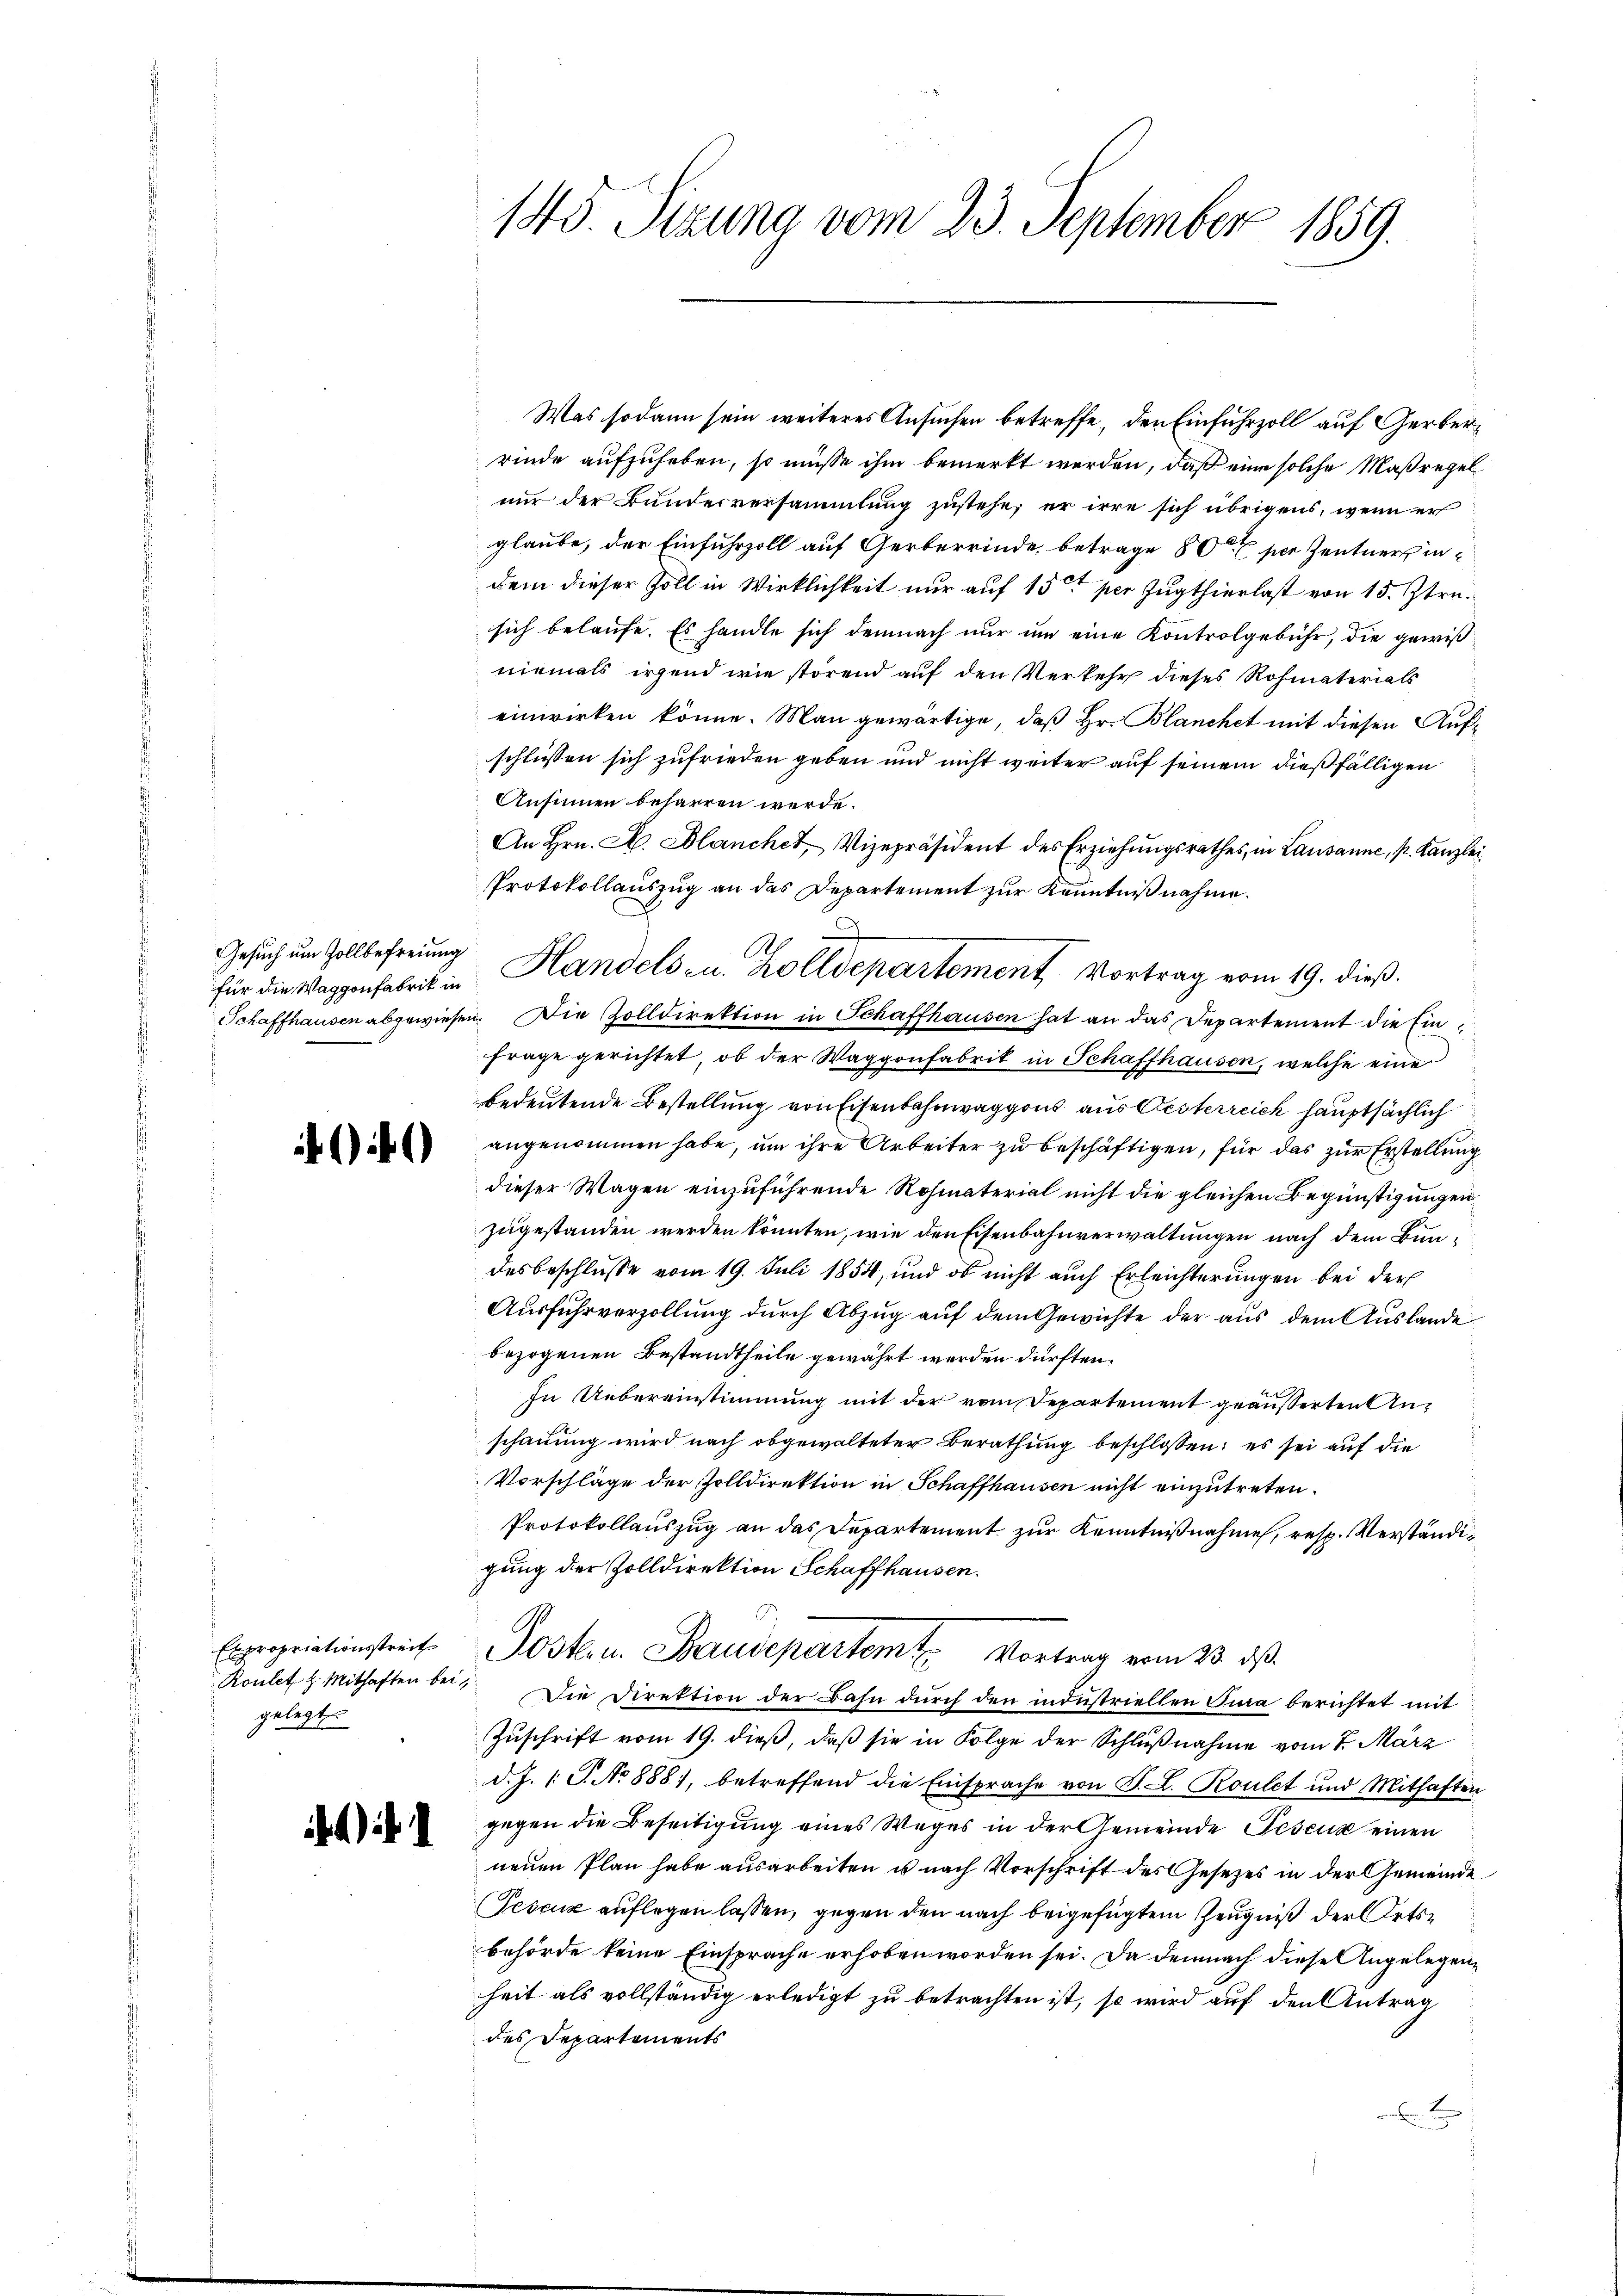
Gesuch um Zollbefreiung
für die Waggonfabrik in

Expropriationsstreit
gelegt.

41

Was sodann sein weiteres Ansuchen betreffe, den Einfuhrzoll auf Gerberrinde aufzuheben, so müsse ihm bemerkt werden, daß eine solche Maßregelnur der Bunderversammlung zustehe, er irre sich übrigens, wenn er
glaube, der Einfuhrzoll auf Gerberrinde betrage 50 per Zentners indem dieser Zoll in Wirklichkeit nur auf 15 t per Zugthierlast von 15. Stresich belaufe. Es handle sich demnach nur um eine Kontrolgebühr, die gewißniemals irgend wie störend auf den Verkehr dieses Rohmaterials
einwirken könne. Man gewärtige, daß Hr. Blanchet mit diesen Aufschliessen sich zufrieden geben und nicht weiter auf seinem dießfälligen
Ansinnen beharren werde.
An Hrn. A. Blanchet, Vizepräsident des Erziehungsrathes, in Lausanne, s. Kanzlei
Protokollauszug an das Departement zur Kenntnißnahme.
.
Al
Handels- u. Zolldepartement. Vortrag vom 19. dieß.
Schaffhausen abgewiesen. Die Zolldirektion in Schaffhausen hat an das Departement die Einfrage gerichtet, ob der Waggonfabrik in Schaffhausen, welche eine
bedeutende Bestellung von Eisenbahnwaggons aus Oesterreich hauptsächlich
angenommen habe, um ihre Arbeiter zu beschäftigen, für das zur Erstellung
dieser Wagen einzuführende Rohmaterial nicht die gleichen Begünstigungen
zugestanden werden könnten, wie den Eisenbahnverwaltungen nach dem Bundesbeschlusse vom 19. Juli 1854, und ob nicht auch Erleichterungen bei der
Ausfuhrverzollung durch Abzug auf dem Gewichte der aus dem Auslande
bezogenen Bestandtheile gewährt werden dürften.
In Uebereinstimmung mit der vom Departement geäusserten Anschauung wird nach obgewalteter Berathung beschlossen: es sei auf die
Vorschläge der Zolldirektion in Schaffhausen nicht einzutreten.
Protokollauszug an das Departement zur Kenntnißnahme, resp. Verständigung der Zolldirektion Schaffhausen.
Jost. u. Baudepartemt. Vortrag vom 23. ds.
Roulet u. Mithaften bei. Die Direktion der Bahn dŭrch den industriellen Jura berichtet mit
Zuschrift vom 19. dieß, daß sie in Folge der Schlußnahme vom 7. März
d. J. 1. J. No 888), betreffend die Einsprache von P. L. Roulet und Mithaften
gegen die Beseitigung eines Weges in der Gemeinde Peseux einen
neuen Plan habe ausarbeiten u nach Vorschrift des Gesetzes in der Gemeinde
Tesen auflegen lassen, gegen den nach beigefügtem Zeugniß der Ortsbehörde keine Einsprache erhoben worden sei. Da demnach diese Angelegenheit als vollständig erledigt zu betrachten ist, so wird auf den Antrag
des Departements

145. Sizung vom 23. September 1859.